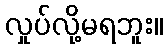
လှုပ်လို့မရဘူး။